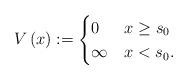
LaTeX: \begin{align*} V\left(x\right):= \begin{cases} 0& x\ge s_0\\ \infty & x< s_0 . \end{cases}\end{align*}